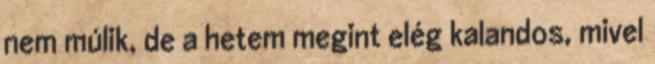
nem múlik, de a hetem megint elég kalandos, mivel